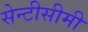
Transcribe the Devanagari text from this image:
सेन्टीसीमी